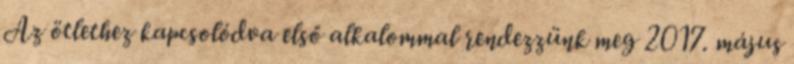
Az ötlethez kapcsolódva első alkalommal rendezzünk meg 2017. május